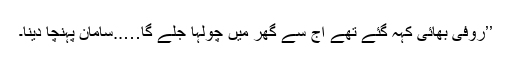
’’روفی بھائی کہہ گئے تھے آج سے گھر میں چولہا جلے گا…..سامان پہنچا دینا۔